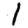
Digit: 1